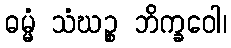
ဓမ္မံ သံဃဉ္စ ဘိက္ခဝေါ၊